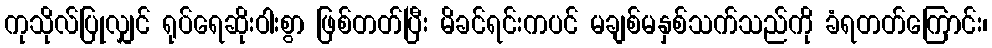
ကုသိုလ်ပြုလျှင် ရုပ်ရေဆိုးဝါးစွာ ဖြစ်တတ်ပြီး မိခင်ရင်းကပင် မချစ်မနှစ်သက်သည်ကို ခံရတတ်ကြောင်း၊